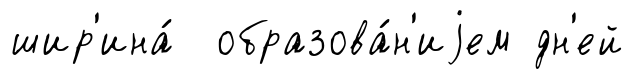
шир'ина́ образова́н'иjем дн'ей